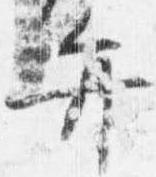
弁